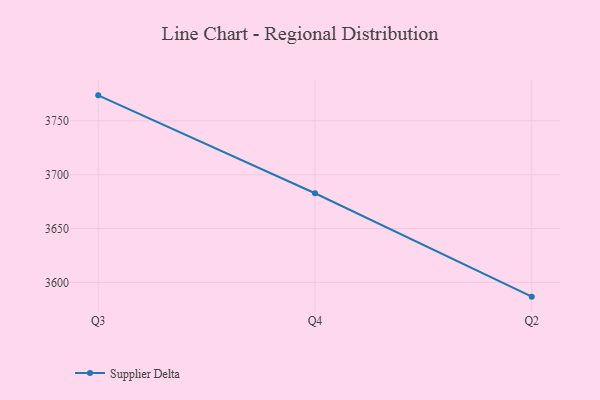
{"axis": {"x": "Quarter", "y": "Page Views"}, "legend": ["Supplier Delta"], "data": [{"x": "Q3", "y": 3773.7, "type": "Supplier Delta"}, {"x": "Q4", "y": 3682.8, "type": "Supplier Delta"}, {"x": "Q2", "y": 3586.8, "type": "Supplier Delta"}]}